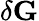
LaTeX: \delta\mathbf G